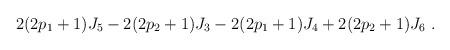
LaTeX: \begin{align*}2(2p_{1}+1)J_{5}-2(2p_{2}+1)J_{3}-2(2p_{1}+1)J_{4}+2(2p_{2}+1)J_{6}\ .\end{align*}